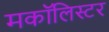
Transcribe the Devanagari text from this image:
मकॉलिस्टर